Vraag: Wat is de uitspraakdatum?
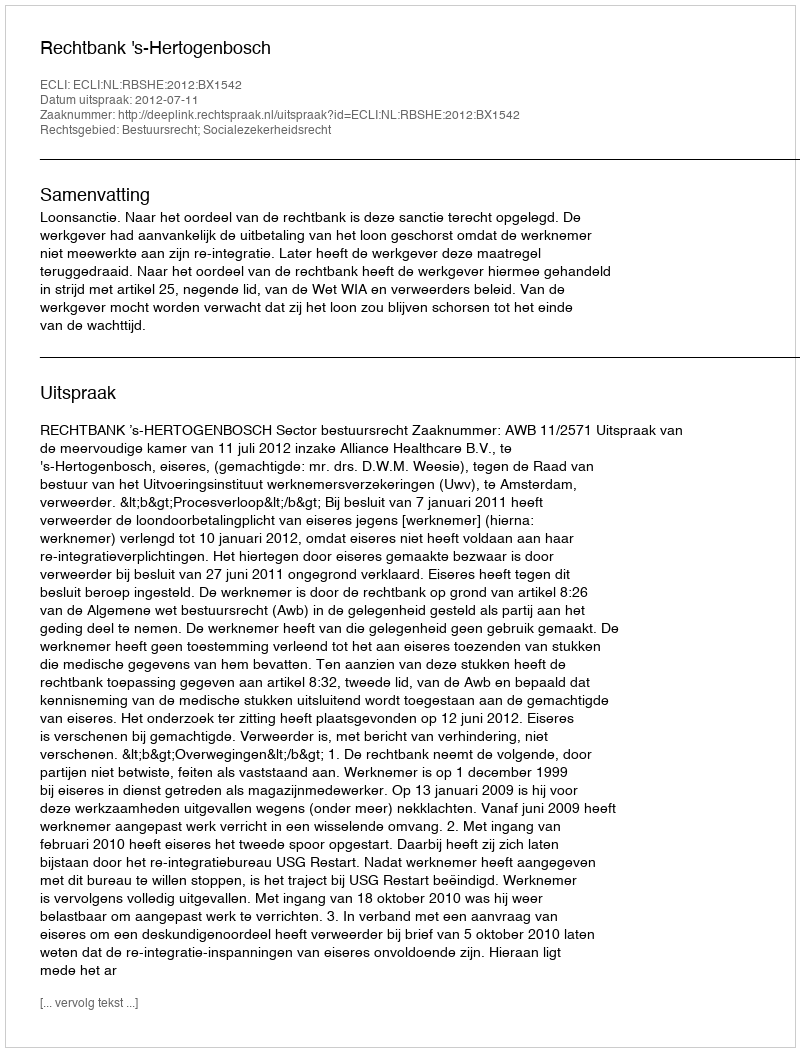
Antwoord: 2012-07-11